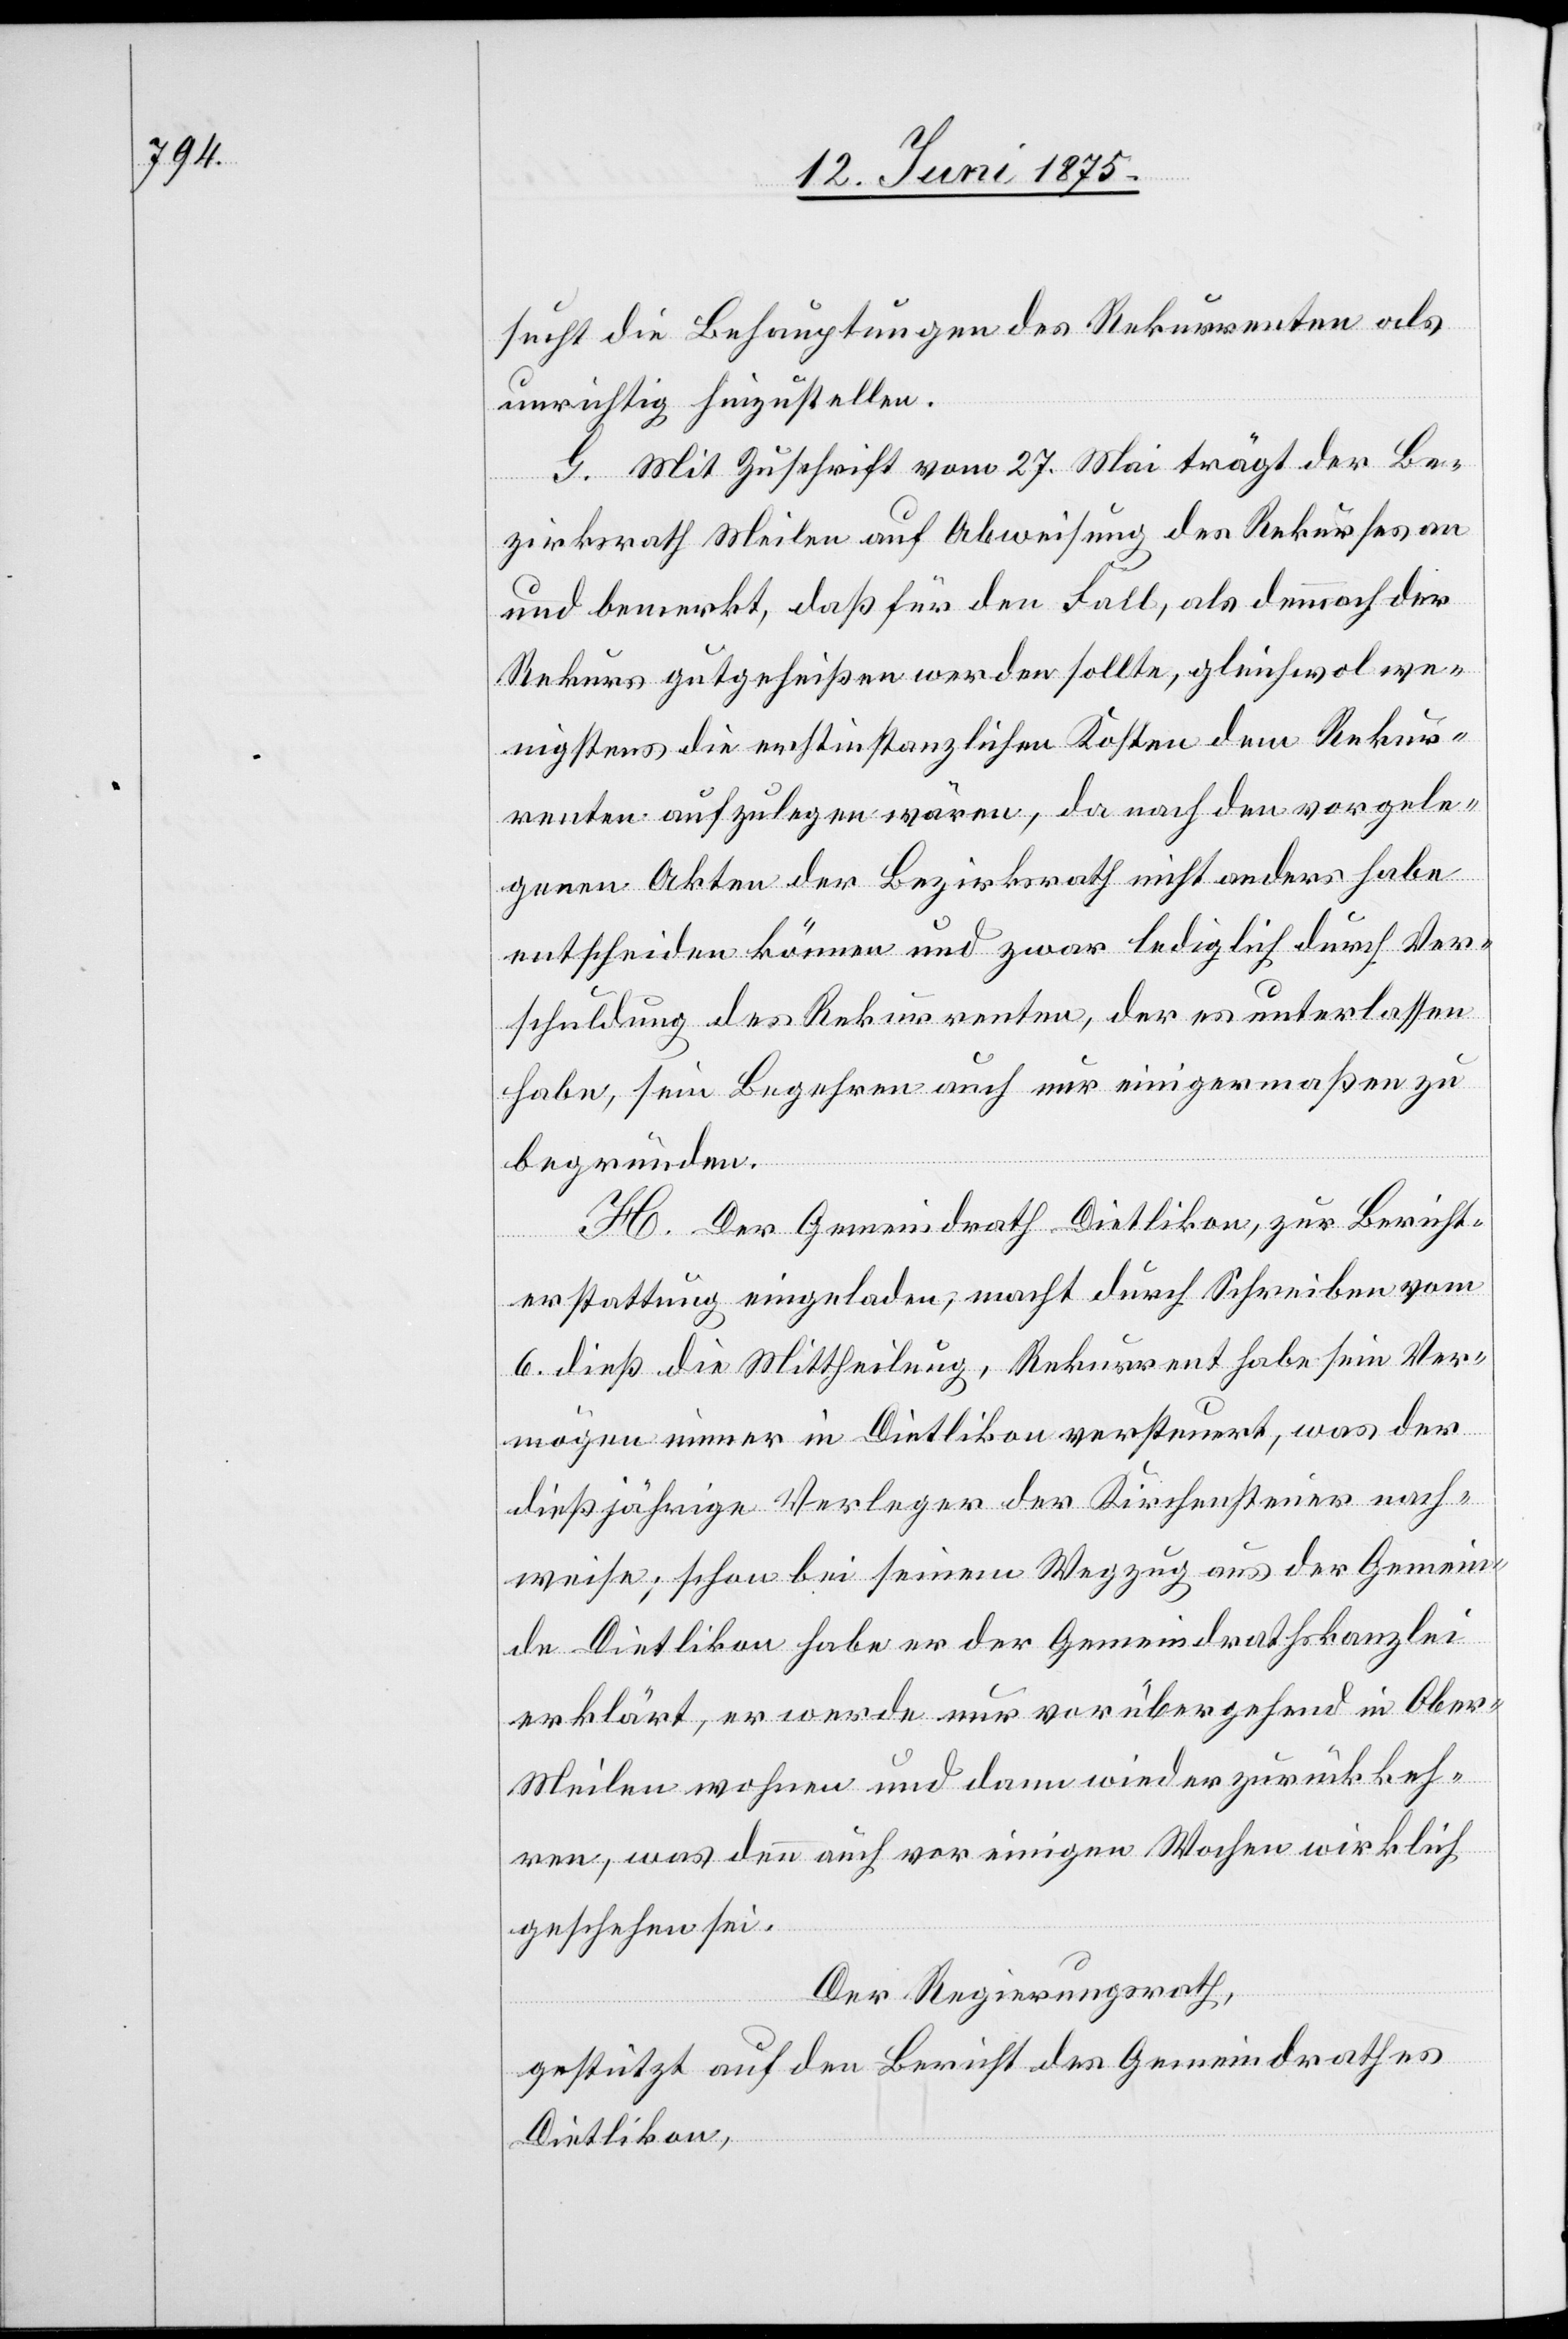
sucht die Behauptungen des Rekurrenten als
unrichtig hinzustellen.
G. Mit Zuschrift vom 27. Mai trägt der Be¬
zirksrath Meilen auf Abweisung des Rekurses an
und bemerkt, daß für den Fall, als dennoch der
Rekurs gutgeheißen werden sollte, gleichwol we¬
nigstens die erstinstanzlichen Kosten dem Rekur¬
renten aufzulegen wären, da nach den vorgele¬
genen Akten der Bezirksrath nicht anders habe
entscheiden können und zwar lediglich durch Ver¬
schuldung des Rekurrenten, der es unterlassen
habe, sein Begehren auch nur einigermaßen zu
begründen.
Der Gemeindrath Dietlikon, zur Bericht¬
erstattung eingeladen, macht durch Schreiben vom
6. dieß die Mittheilung, Rekurrent habe sein Ver¬
mögen immer in Dietlikon versteuert, was der
dießjährige Verleger der Kirchensteuer nach¬
weise; schon bei seinem Wegzug aus der Gemein¬
de Dietlikon habe er der Gemeindrathskanzlei
erklärt, er werde nur vorübergehend in Obe¬
r-Meilen wohnen und dann wieder zurückkeh¬
ren, was denn auch vor einigen Wochen wirklich
geschehen sei.
Der Regierungsrath,
gestützt auf den Bericht des Gemeindrathes
Dietlikon,